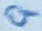
Text: 9